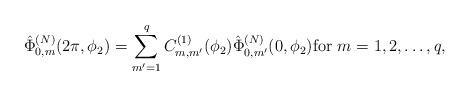
LaTeX: \begin{align*}\hat{\Phi}_{0,m}^{(N)}(2\pi,\phi_2)=\sum_{m'=1}^q C_{m,m'}^{(1)}(\phi_2)\hat{\Phi}_{0,m'}^{(N)}(0,\phi_2)\mbox{for\ } m=1,2,\ldots,q, \end{align*}